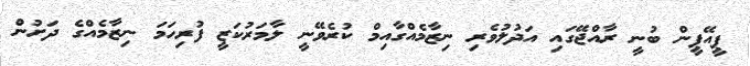
ޕީއޭޕީން ބުނީ ރާއްޖޭގައި އަދުލުވެރި ނިޒާމެއްގާއިމް ކުރެވޭނީ ލާމަރުކަޒީ ފުރިހަމަ ނިޒާމެއްގެ ދަށުން